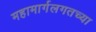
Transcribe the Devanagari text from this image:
महामार्गलगतच्या